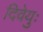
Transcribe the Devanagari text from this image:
दिवेयुः